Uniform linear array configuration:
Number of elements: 48
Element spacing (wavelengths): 1
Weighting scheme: hann
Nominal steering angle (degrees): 60
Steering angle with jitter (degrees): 60.536
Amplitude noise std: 0.05
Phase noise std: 0.05

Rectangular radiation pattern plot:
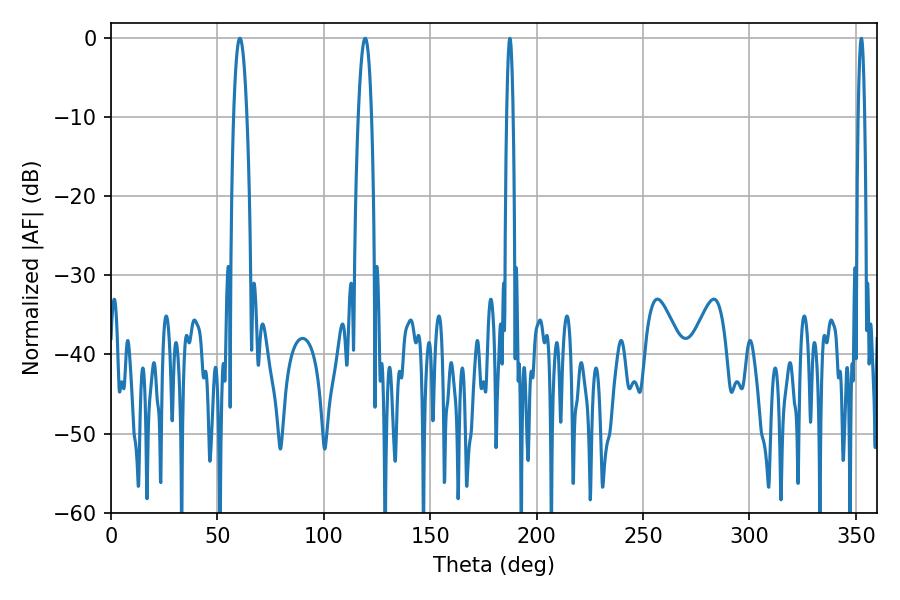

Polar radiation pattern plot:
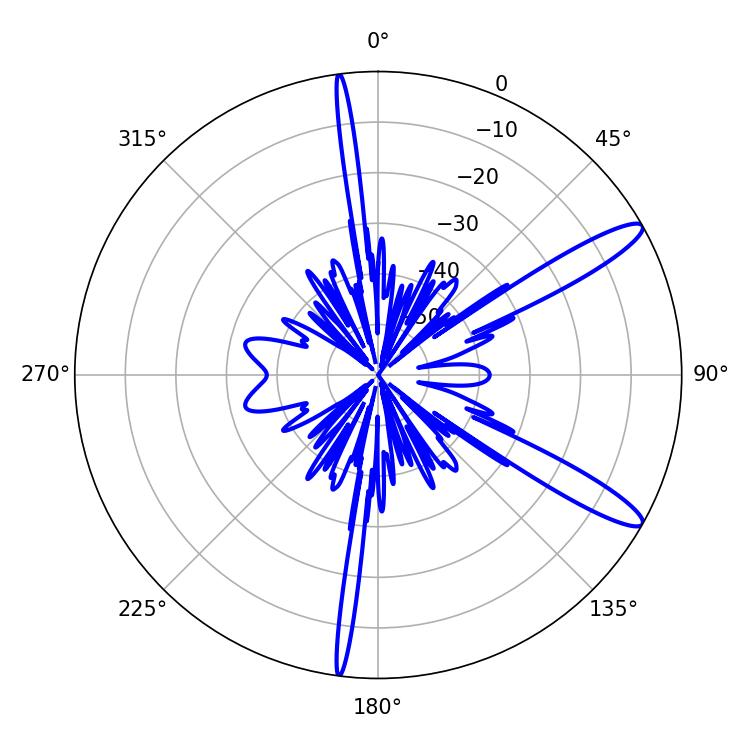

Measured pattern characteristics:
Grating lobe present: TRUE
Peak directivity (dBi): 12.765
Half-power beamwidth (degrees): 3.42
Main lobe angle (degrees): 60.48